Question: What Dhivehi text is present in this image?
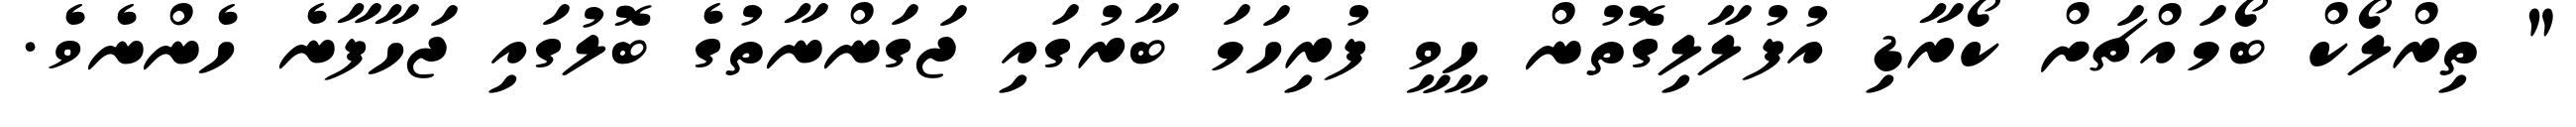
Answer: " ތިރްލޯކް ބޯމައްޗަށް ކޯރާޑި އުފުލާލިގޮތުން ހީވީ ފުރިހަމަ ބާރުގައި ޖަގަންނާތުގެ ބޮލުގައި ޖަހާފާނެ ހެންނެވެ.